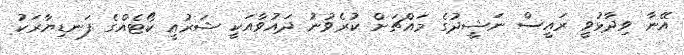
އޭނާ ވިދާޅުވީ ރައީސް ނަޝީދުގެ މައްޗަށް ކުރެވުނު ދައުވާއަކީ ޝަރުއީ ކޯޓެއްގެ ފަނޑިޔާރަކު